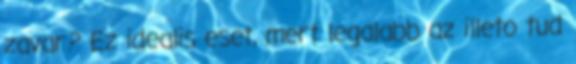
zavar? Ez idealis eset, mert legalabb az illeto tud